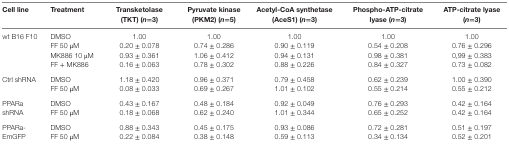
| Cell line | Treatment | Transketolase (TKT) (n=3) | Pyruvate kinase (PKM2) (n=5) | Acetyl-CoA synthetase (AceS1) (n=3) | Phospho-ATP-citrate lyase (n=3) | ATP-citrate lyase (n=3) |
 | --- | --- | --- | --- | --- | --- | --- |
 | <ROWSPAN=4> wt B16 F10 | DMSO | 1.00 | 1.00 | 1.00 | 1.00 | 1.00 |
 | FF 50 μM | 0.20 ± 0.078 | 0.74 ± 0.286 | 0.90 ± 0.119 | 0.54 ± 0.208 | 0.76 ± 0.296 |
 | MK886 10 μM | 0.93 ± 0.361 | 1.06 ± 0.412 | 0.94 ± 0.131 | 0.98 ± 0.381 | 0,99 ± 0.383 |
 | FF + MK886 | 0.16 ± 0.063 | 0.78 ± 0.302 | 0.88 ± 0.226 | 0.84 ± 0.327 | 0.73 ± 0.082 |
 | <ROWSPAN=2> Ctrl shRNA | DMSO | 1.18 ± 0.420 | 0.96 ± 0.371 | 0.79 ± 0.458 | 0.62 ± 0.239 | 1.00 ± 0.390 |
 | FF 50 μM | 0.08 ± 0.033 | 0.69 ± 0.267 | 1.01 ± 0.102 | 0.55 ± 0.214 | 0.55 ± 0.212 |
 | <ROWSPAN=2> PPARa shRNA | DMSO | 0.43 ± 0.167 | 0.48 ± 0.184 | 0.92 ± 0.049 | 0.76 ± 0.293 | 0.42 ± 0.164 |
 | FF 50 μM | 0.18 ± 0.068 | 0.62 ± 0.240 | 1.01 ± 0.344 | 0.65 ± 0.252 | 0.42 ± 0.164 |
 | <ROWSPAN=2> PPARa-EmGFP | DMSO | 0.88 ± 0.343 | 0.45 ± 0.175 | 0.93 ± 0.086 | 0.72 ± 0.281 | 0.51 ± 0.197 |
 | FF 50 μM | 0.22 ± 0.084 | 0.38 ± 0.148 | 0.59 ± 0.113 | 0.34 ± 0.134 | 0.52 ± 0.201 |